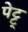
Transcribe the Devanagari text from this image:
पेट्ट्